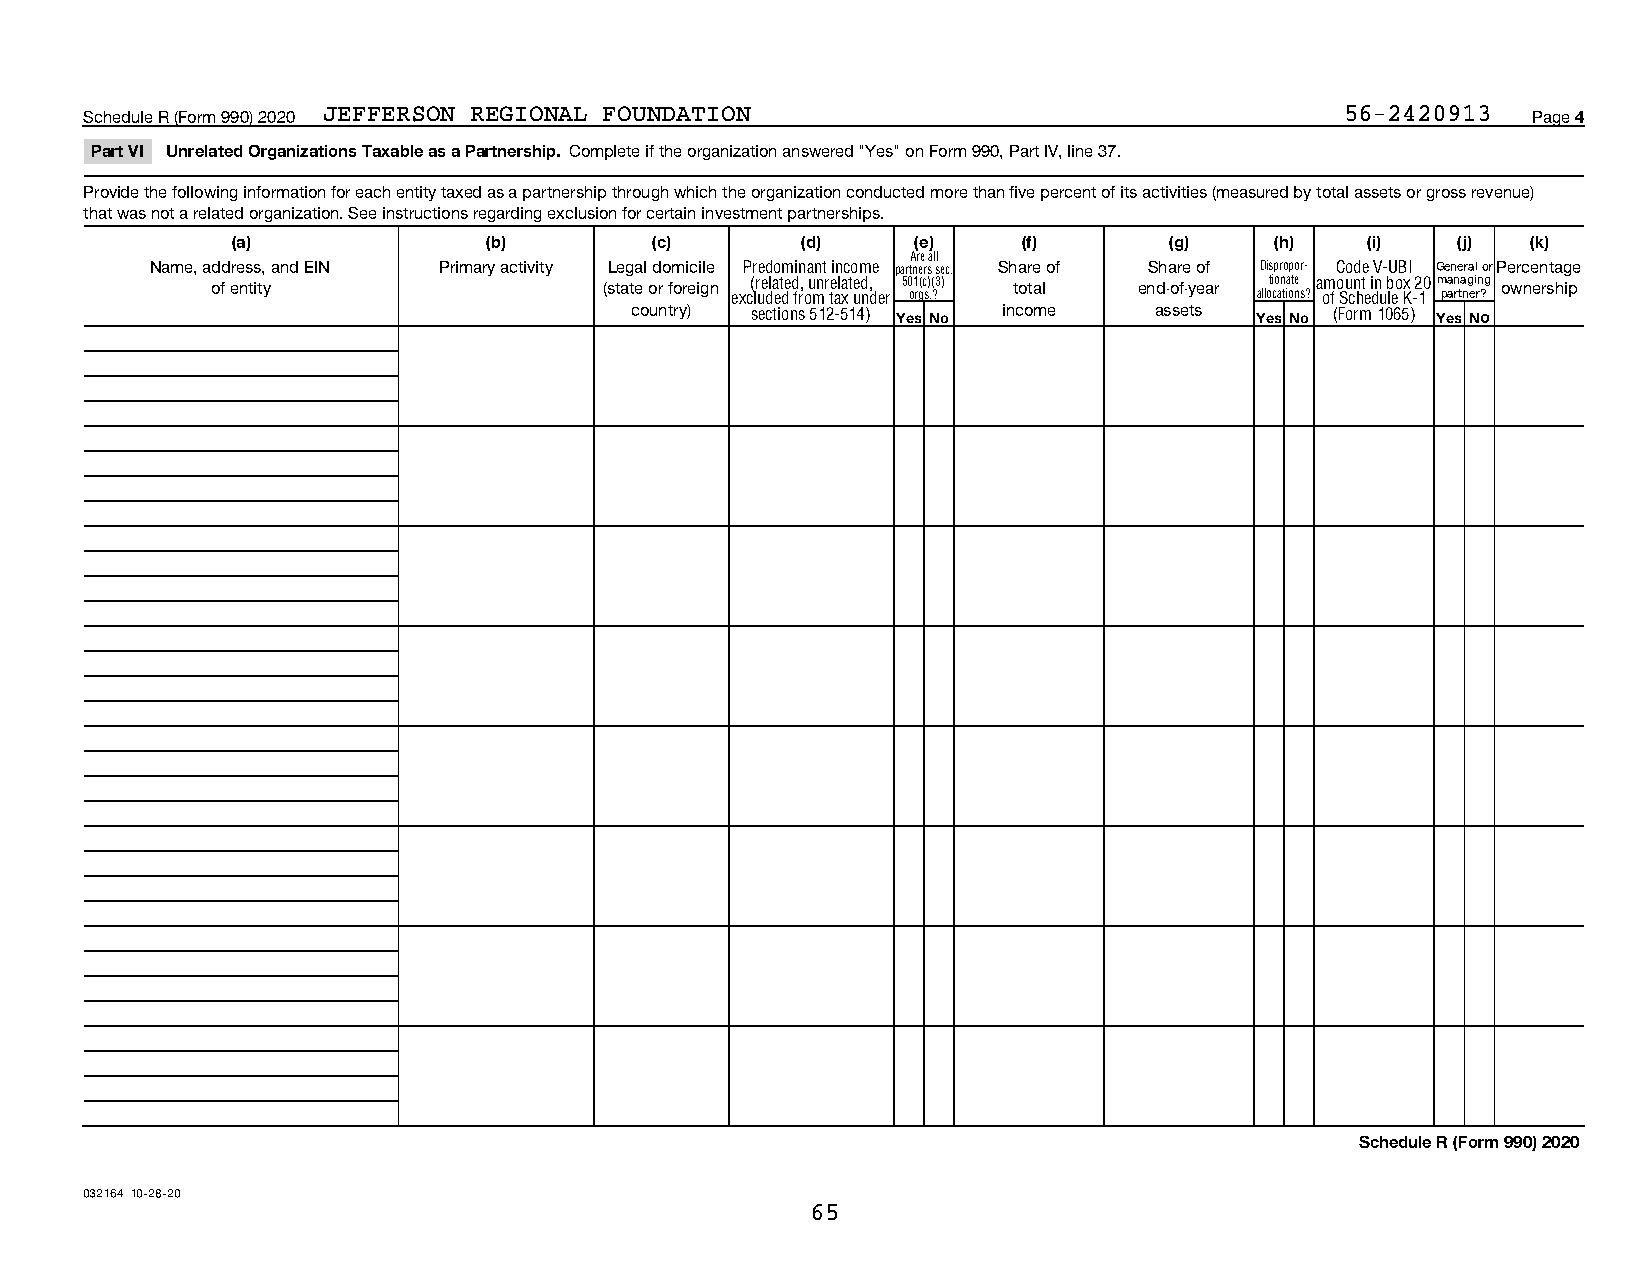
Schedule R (Form 990) 2020 JEFFERSON REGIONAL FOUNDATION                           56-2420913  Page 4
 Part VI Unrelated Organizations Taxable as a Partnership. Complete if the organization answered "Yes" on Form 990, Part IV, line 37.
 Provide the following information for each entity taxed as a partnership through which the organization conducted more than five percent of its activities (measured by total assets or gross revenue)
 that was not a related organization. See instructions regarding exclusion for certain investment partnerships.
 (a)              (b)        (c)       (d)     (e)    (f)      (g)    (h)   (i)   (j)  (k)
 Are all
 Name, address, and EIN Primary activity Legal domicile Predominant income partners sec. Share of Share of Dispropor- Code V-UBI General orPercentage
 of entity                 (state or foreign (related, unrelated, 501(c)(3) total end-of-year tionate amount in box 20managing ownership
 excluded from tax under orgs.?     allocations? of Schedule K-1 partner?
 country) sections 512-514) Yes No income assets Yes No (Form 1065) Yes No
 Schedule R (Form 990) 2020
 032164 10-28-20
 65